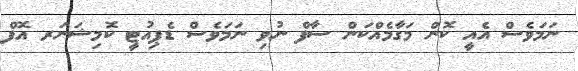
ނަމަވެސް އެއީ ކޮން މަގާމެއްކަން ސާފް ނުވި ނަމަވެސް ޑެޕިއުޓީ ކޮމިޝަނަރ އޮފް